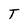
Character: T